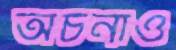
অর্চনাও